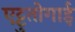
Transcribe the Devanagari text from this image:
एट्टुतोगाई